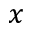
x